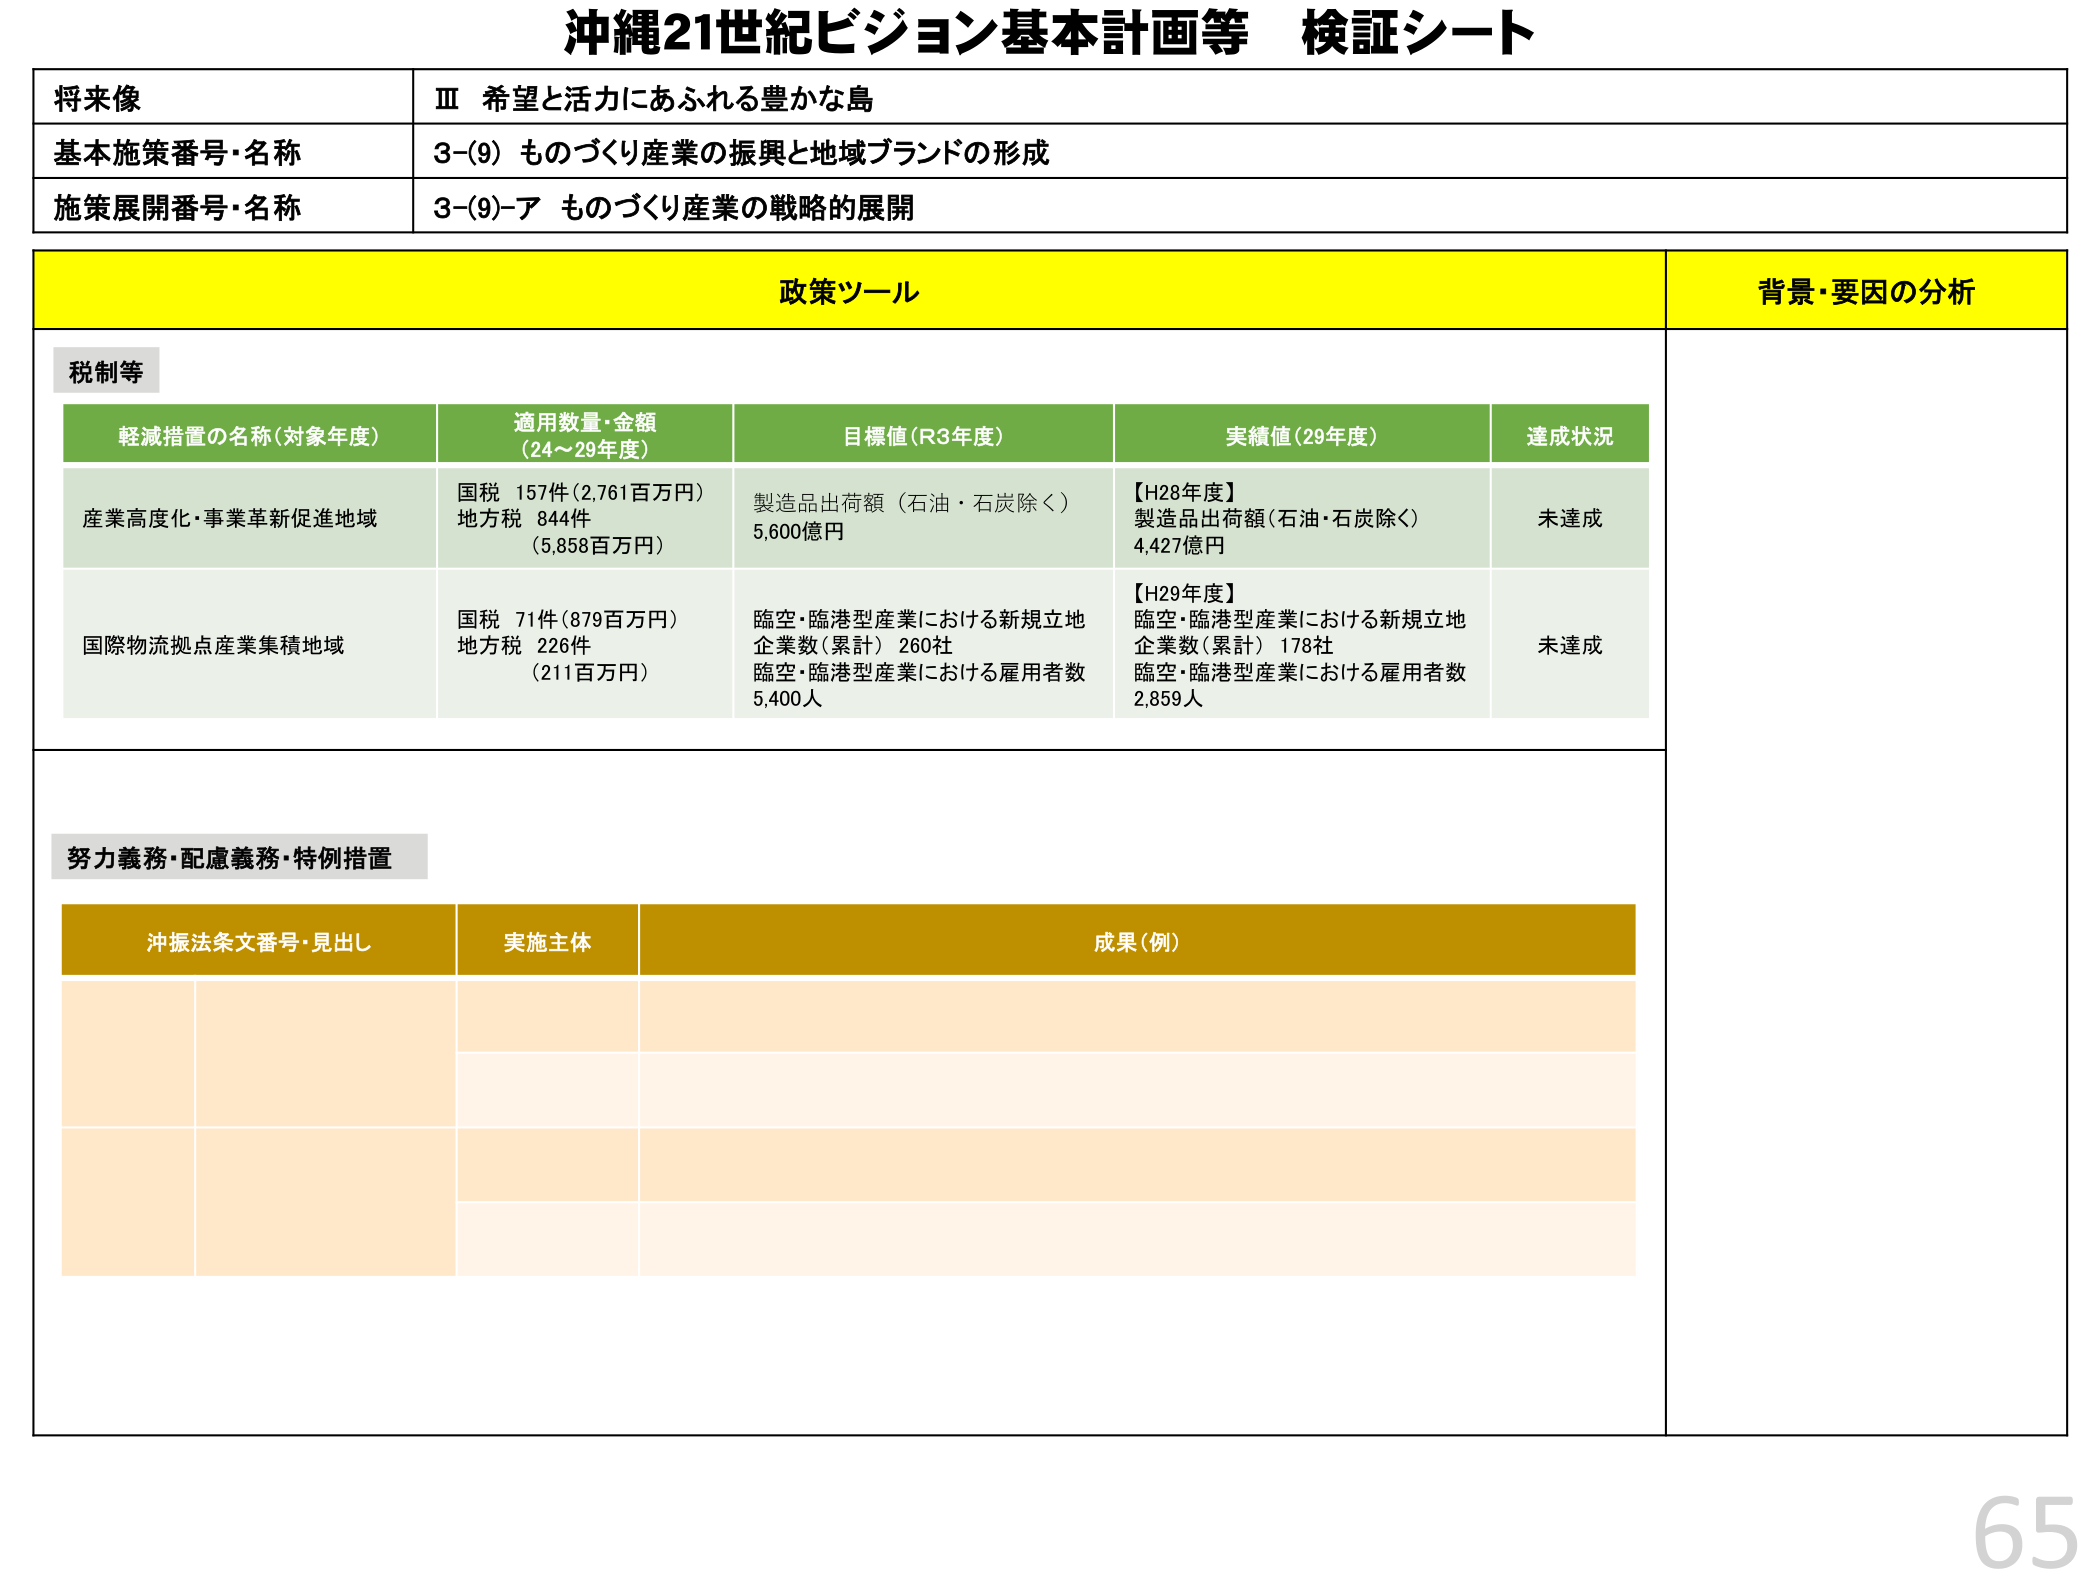
沖縄21世紀ビジョン基本計画等 検証シート

将来像
Ⅲ 希望と活力にあふれる豊かな島

基本施策番号・名称
3-(9) ものづくり産業の振興と地域ブランドの形成

施策展開番号・名称
3-(9)-ア ものづくり産業の戦略的展開

政策ツール
背景・要因の分析

税制等

軽減措置の名称（対象年度）
適用数量・金額
（24～29年度）
目標値（R3年度）
実績値（29年度）
達成状況

産業高度化・事業革新促進地域
国税 157件（2,761百万円）
地方税 844件
（5,858百万円）
製造品出荷額（石油・石炭除く）
5,600億円
【H28年度】
製造品出荷額（石油・石炭除く）
4,427億円
未達成

国際物流拠点産業集積地域
国税 71件（879百万円）
地方税 226件
（211百万円）
臨空・臨港型産業における新規立地企業数（累計）260社
臨空・臨港型産業における雇用者数
5,400人
【H29年度】
臨空・臨港型産業における新規立地企業数（累計）178社
臨空・臨港型産業における雇用者数
2,859人
未達成

努力義務・配慮義務・特例措置

沖振法条文番号・見出し
実施主体
成果（例）

65